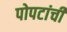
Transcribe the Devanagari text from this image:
पोपटांची